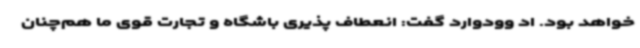
خواهد بود. اد وودوارد گفت: انعطاف پذیری باشگاه و تجارت قوی ما هم‌چنان